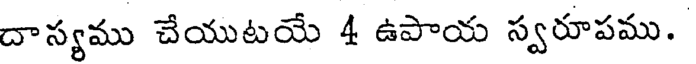
దాస్యము చేయుటయే 4 ఉపాయ స్వరూపము.